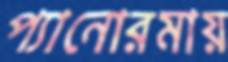
প্যানোরমায়